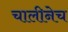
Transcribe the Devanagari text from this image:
चालीनेच